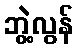
ဘွဲ့လွန်